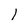
Character: l